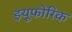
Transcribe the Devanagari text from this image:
इयूफोरिक